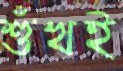
শুঁখই